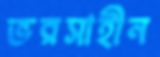
ভরসাহীন